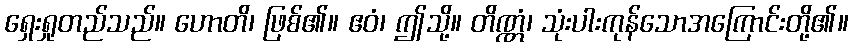
ရှေးရှုတည်သည်။ ဟောတိ၊ ဖြစ်၏။ ဧဝံ၊ ဤသို့။ တိဏ္ဏံ၊ သုံးပါးကုန်သောအကြောင်းတို့၏။